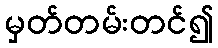
မှတ်တမ်းတင်၍